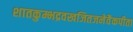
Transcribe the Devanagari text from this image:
शातकुम्भद्रवखजितजनेवैकपीता